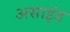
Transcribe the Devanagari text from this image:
असाइंड